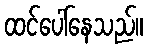
ထင်ပေါ်နေသည်။